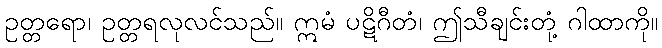
ဥတ္တရော၊ ဥတ္တရလုလင်သည်။ ဣမံ ပဋိဂီတံ၊ ဤသီချင်းတုံ့ ဂါထာကို။